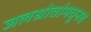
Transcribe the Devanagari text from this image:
जलस्रोतांमधूनच